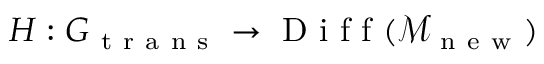
H : G _ { \mathrm { ~ t ~ r ~ a ~ n ~ s ~ } } \to \mathrm { ~ D ~ i ~ f ~ f ~ } ( \mathcal { M } _ { \mathrm { ~ n ~ e ~ w ~ } } )